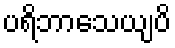
ပရိဘာသေယျပိ